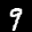
Label: 9